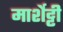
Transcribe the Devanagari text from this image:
मार्शेट्टी